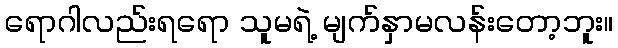
ရောဂါလည်းရရော သူမရဲ့ မျက်နှာမလန်းတော့ဘူး။